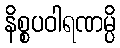
နိစ္စပဝါရဏမ္ပိ